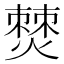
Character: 𤏡